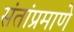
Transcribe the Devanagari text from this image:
संतांप्रमाणे